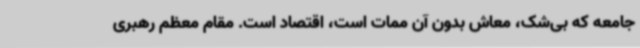
جامعه که بی‌شک، معاش بدون آن ممات است، اقتصاد است. مقام معظم رهبری